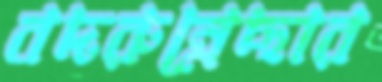
বদরুন্নেছার